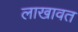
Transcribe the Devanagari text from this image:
लाखावत